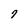
Character: 7